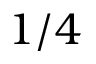
1 / 4